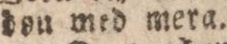
don med mera.